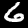
Digit: 6